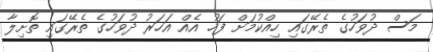
މަސް ދުވަހުގެ ތެރޭގައި ހިއްކުމަށް ފަހު އެއް އަހަރު ދުވަހުގެ ތެރޭގައި ތޮށިލާ